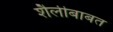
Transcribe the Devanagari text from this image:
शैलीबाबत